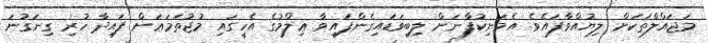
މަޖައްލާތަކަށް ލިޔުއްވާފައެވެ. އެމަނިކުފާނަށް ލިބިވަޑައިގެންފައިވާ ޢިލްމުގެ އެހީގައި މުޖުތަމަޢަށް ފައިދާ ހުރި ގިނަގުނަ